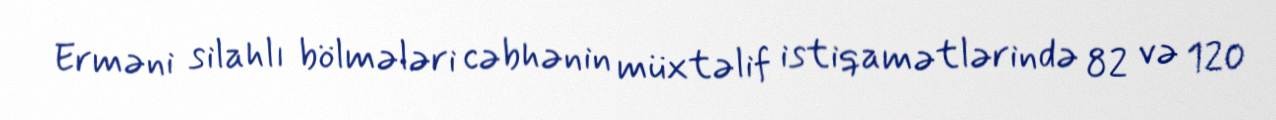
Erməni silahlı bölmələri cəbhənin müxtəlif istiqamətlərində 82 və 120